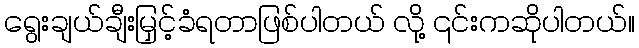
ရွေးချယ်ချီးမြှင့်ခံရတာဖြစ်ပါတယ် လို့ ၎င်းကဆိုပါတယ်။